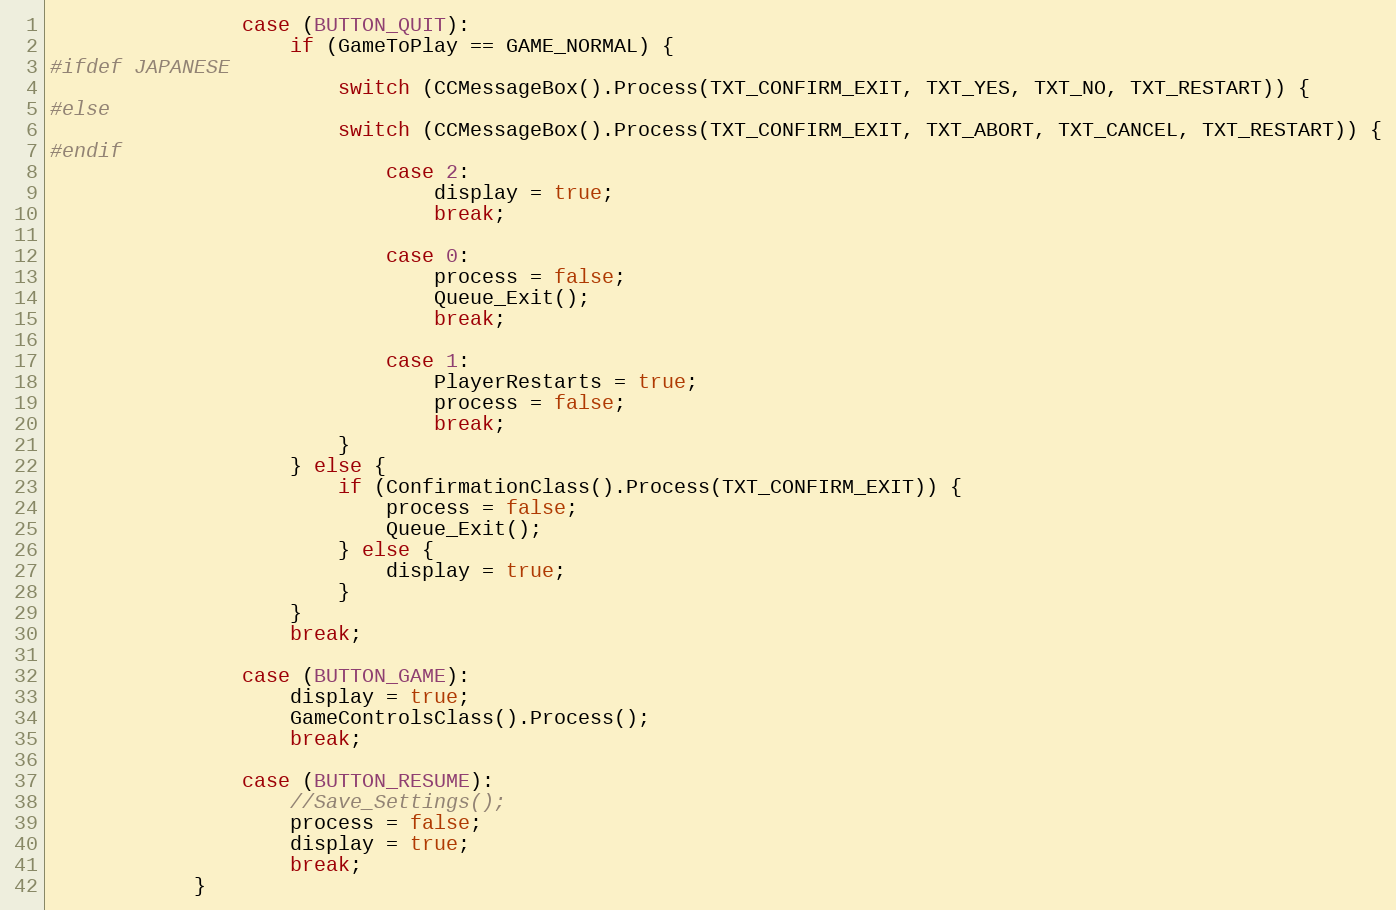
Language: C++
				case (BUTTON_QUIT):
					if (GameToPlay == GAME_NORMAL) {
#ifdef JAPANESE
						switch (CCMessageBox().Process(TXT_CONFIRM_EXIT, TXT_YES, TXT_NO, TXT_RESTART)) {
#else
						switch (CCMessageBox().Process(TXT_CONFIRM_EXIT, TXT_ABORT, TXT_CANCEL, TXT_RESTART)) {
#endif
							case 2:
								display = true;
								break;

							case 0:
								process = false;
								Queue_Exit();
								break;

							case 1:
								PlayerRestarts = true;
								process = false;
								break;
						}
					} else {
						if (ConfirmationClass().Process(TXT_CONFIRM_EXIT)) {
							process = false;
							Queue_Exit();
						} else {
							display = true;
						}
					}
					break;

				case (BUTTON_GAME):
					display = true;
					GameControlsClass().Process();
					break;

				case (BUTTON_RESUME):
					//Save_Settings();
					process = false;
					display = true;
					break;
			}